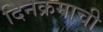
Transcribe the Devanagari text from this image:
दिनक्रमाची